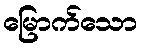
မြောက်သော